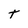
Character: t